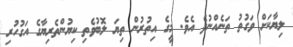
ލިޔާކަށް ވަގުތު ތަނެއްނުދެ އެވެ. މީގެ އިތުރުން ތިޔަ ލޮބުވެތި ކިޔުންތެރިޔާގެ އަގުހުރި